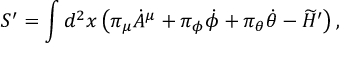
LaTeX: S ^ { \prime } = \int d ^ { 2 } x \left( \pi _ { \mu } { \dot { A } } ^ { \mu } + \pi _ { \phi } { \dot { \phi } } + \pi _ { \theta } { \dot { \theta } } - \widetilde { \cal H } ^ { \prime } \right) ,